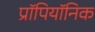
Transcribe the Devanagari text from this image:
प्रॉपियॉनिक